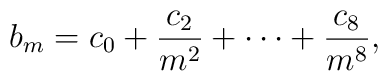
b_m = c_0 + \frac{c_2}{m^2} +  \cdots + \frac{c_8}{m^8},